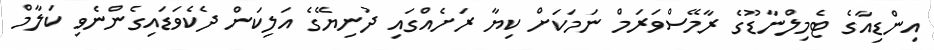
އިންޑިއާގެ ޓެމިލްނާޑޫގެ ރާމޭސްވަރަމް ނަމަކަށް ކިޔާ ރަށެއްގައި ދުނިޔޭގެ އަލިކަން ދެކެވަޑައިގެންނެވި ކަލާމް